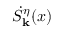
\dot { S } _ { \bf k } ^ { \eta } ( x )